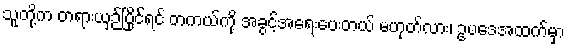
သူတို့က တရားယှဉ်ပြိုင်ရင် တကယ်ကို အခွင့်အရေးပေးတယ် မဟုတ်လား၊ ဥပဒေအထက်မှာ